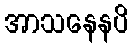
အာသနေနပိ